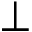
{ \perp }